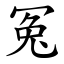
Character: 冤